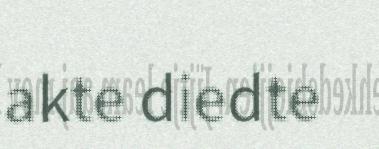
akte diedte